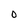
Character: 0